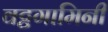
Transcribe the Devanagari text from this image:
वट्टगामिनी